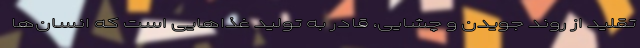
تقلید از روند جویدن و چشایی، قادر به تولید غذاهایی است که انسان‌ها